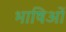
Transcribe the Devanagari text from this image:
भाषिओं